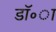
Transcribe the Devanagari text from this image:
डॉ॰ा